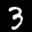
Label: 3